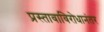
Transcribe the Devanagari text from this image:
प्रस्तावाविरोधानंतर